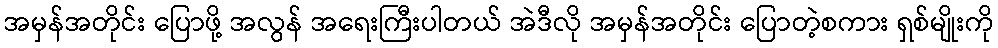
အမှန်အတိုင်း ပြောဖို့ အလွန် အရေးကြီးပါတယ် အဲဒီလို အမှန်အတိုင်း ပြောတဲ့စကား ရှစ်မျိုးကို